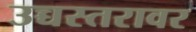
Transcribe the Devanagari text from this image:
उच्चस्तरावर